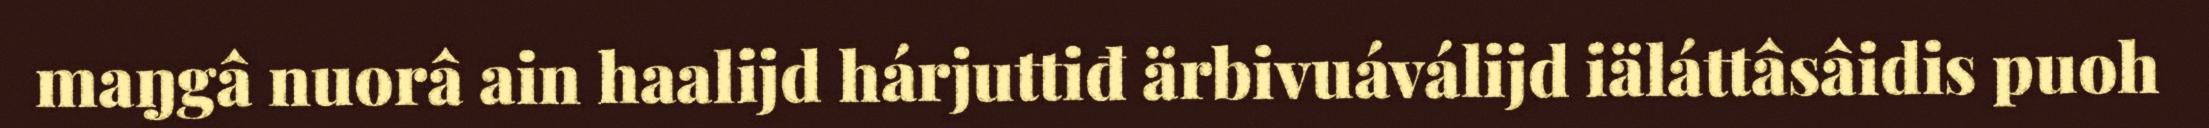
maŋgâ nuorâ ain haalijd hárjuttiđ ärbivuáválijd iäláttâsâidis puoh